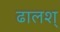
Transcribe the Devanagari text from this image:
ढालश्